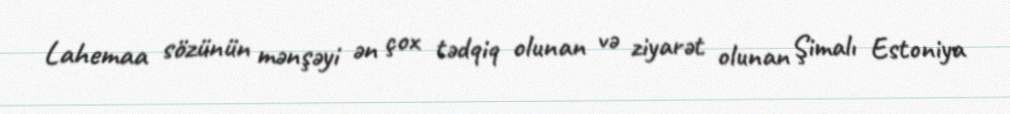
Lahemaa sözünün mənşəyi ən çox tədqiq olunan və ziyarət olunan Şimalı Estoniya